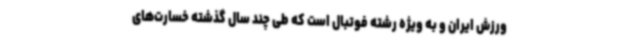
ورزش ایران و به ویژه رشته فوتبال است که طی چند سال گذشته خسارت‌های